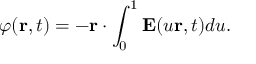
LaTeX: \varphi ( \mathbf { r } , t ) = - \mathbf { r } \cdot \int _ { 0 } ^ { 1 } \mathbf { E } ( u \mathbf { r } , t ) d u .